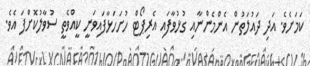
ކަމަށެވެ. އަދި ދައުލަތުން އެންމެންނާއި ގުޅުވާފައި އެރިޕޯޓް ހުށަހަޅާފައިވަނީ ކީއްވެތީ ސުވާލުކޮށްފަ އެވެ.